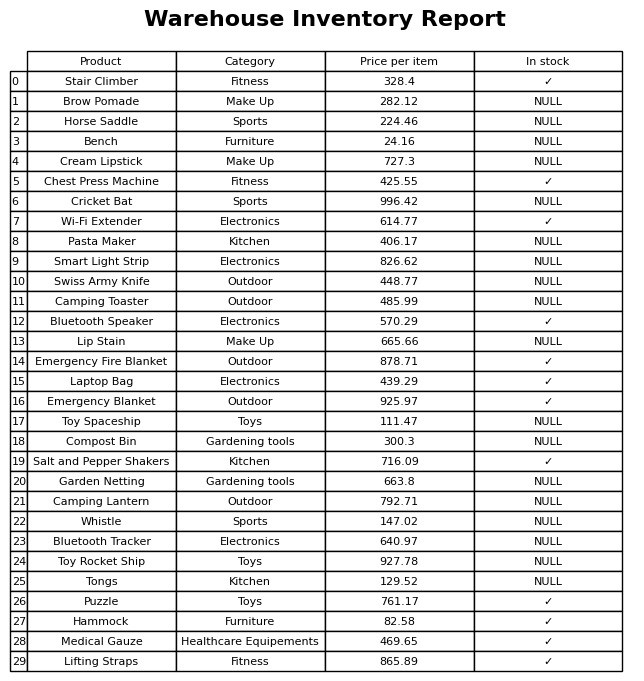
question: What is the price of the Emergency Fire Blanket?
answer: The price of Emergency Fire Blanket is 878.71.